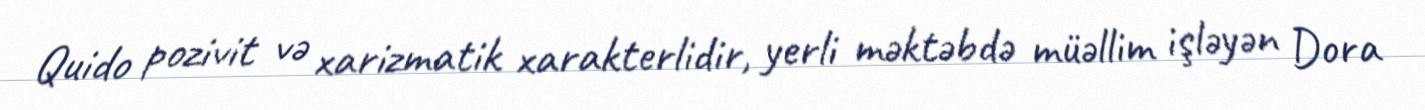
Quido pozivit və xarizmatik xarakterlidir, yerli məktəbdə müəllim işləyən Dora